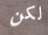
لكن